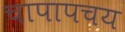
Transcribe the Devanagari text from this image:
चापापचय